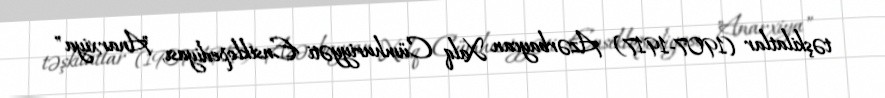
təşkilatlar (1907-1917) Azərbaycan Xalq Cümhuriyyəti Ensiklopediyası, "Anarxiya"